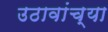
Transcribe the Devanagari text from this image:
उठावांच्या